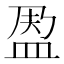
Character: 𱲐